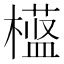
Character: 𬄱